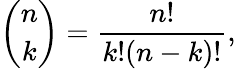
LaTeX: {\binom{n}{k}}={\frac{n!}{k!(n-k)!}},